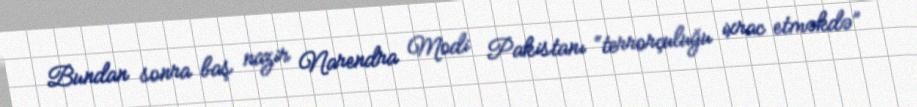
Bundan sonra baş nazir Narendra Modi Pakistanı “terrorçuluğu ixrac etməkdə”